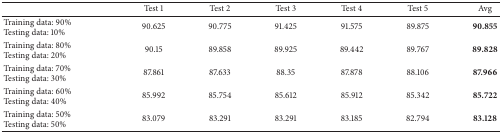
<table><thead><tr><td><b> </b></td><td><b>Test 1</b></td><td><b>Test 2</b></td><td><b>Test 3</b></td><td><b>Test 4</b></td><td><b>Test 5</b></td><td><b>Avg</b></td></tr></thead><tbody><tr><td>Training data: 90%Testing data: 10%</td><td>90.625</td><td>90.775</td><td>91.425</td><td>91.575</td><td>89.875</td><td><b>90.855</b></td></tr><tr><td>Training data: 80%Testing data: 20%</td><td>90.15</td><td>89.858</td><td>89.925</td><td>89.442</td><td>89.767</td><td><b>89.828</b></td></tr><tr><td>Training data: 70%Testing data: 30%</td><td>87.861</td><td>87.633</td><td>88.35</td><td>87.878</td><td>88.106</td><td><b>87.966</b></td></tr><tr><td>Training data: 60%Testing data: 40%</td><td>85.992</td><td>85.754</td><td>85.612</td><td>85.912</td><td>85.342</td><td><b>85.722</b></td></tr><tr><td>Training data: 50%Testing data: 50%</td><td>83.079</td><td>83.291</td><td>83.291</td><td>83.185</td><td>82.794</td><td><b>83.128</b></td></tr></tbody></table>